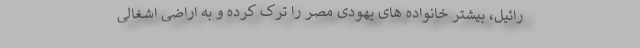
رائیل، بیشتر خانواده‌ های یهودی مصر را ترک کرده و به اراضی اشغالی